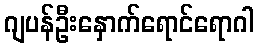
ဂျပန်ဦးနှောက်ရောင်ရောဂါ